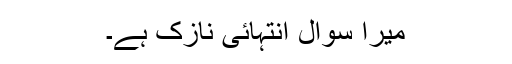
میرا سوال انتہائی نازک ہے۔